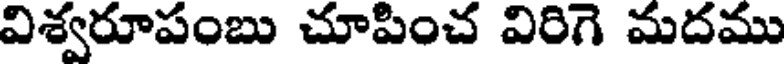
విశ్వరూపంబు చూపించ విరిగె మదము